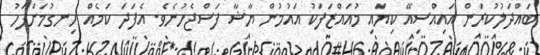
ބައްދަލުކުރަން އައިއްސިއޭ ކިޔައި މުއައްޒަފަކު އައުމުން ޔާޝާ ފަސްޖެހުނެވެ. އެފަދަ ކަމެއް ހިނގުމަށްފަހު